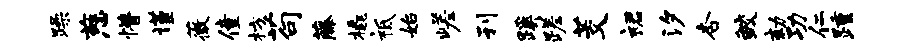
躁慈懵谨薇僮枋苟藤橇祗始嵯刊蹊蹉茭裙汐杏鲛劾功仁踵